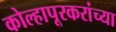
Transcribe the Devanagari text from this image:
कोल्हापूरकरांच्या